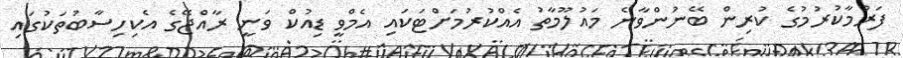
ފަރުމާކުރުމުގެ ކުރިން ބޭނުންވާނެ މައުލޫމާތު އެއްކުރުމަށްޓަކައި އެމްވީ ޑިއުކް ވަނީ ރާއްޖޭގެ އެކިހިސާބުތަކުގައި